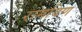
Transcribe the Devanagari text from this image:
रामविण